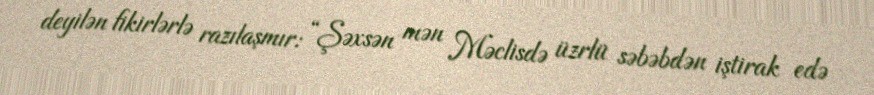
deyilən fikirlərlə razılaşmır: “Şəxsən mən Məclisdə üzrlü səbəbdən iştirak edə